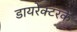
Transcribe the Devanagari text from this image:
डायरेक्टरके